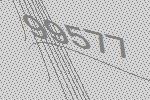
99577